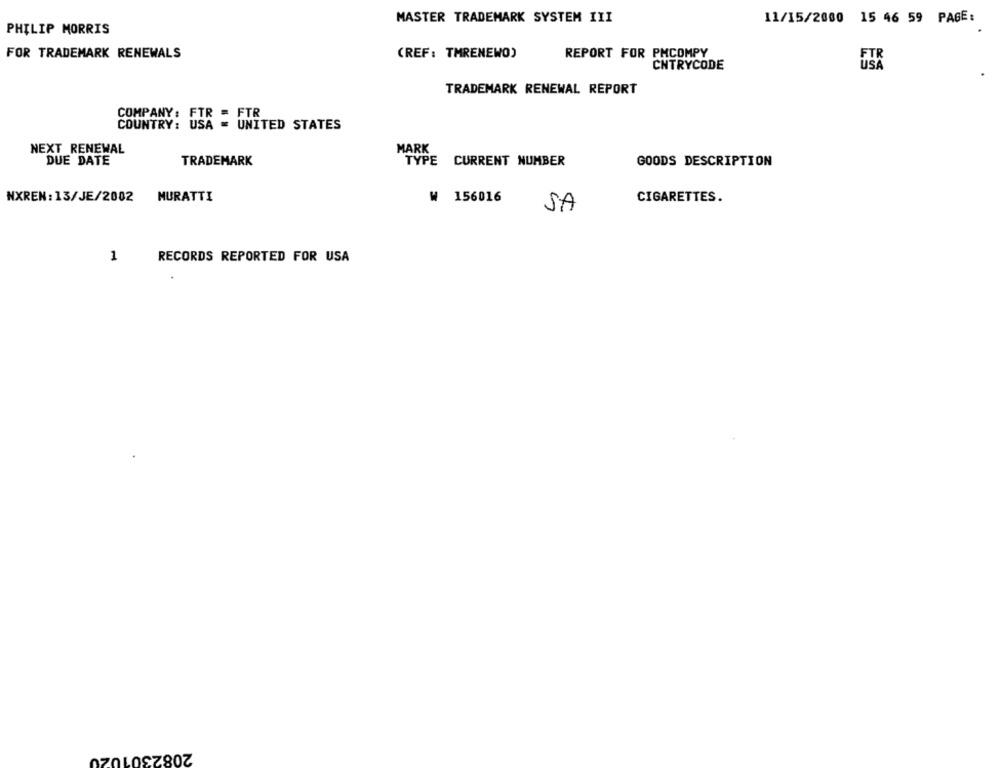
MASTER TRADEMARK SYSTEM III
11/15/2000 15 46 59 PAGE:
PHILIP MORRIS
FOR TRADEMARK RENEWALS
(REF: TMRENEWO)
REPORT FOR PMCOMPY
FTR
CNTRYCODE
TRADEMARK RENEWAL REPORT
COMPANY: FTR = FTR
COUNTRY: USA = UNITED STATES
NEXT RENEWAL
MARK
DUE DATE
TRADEMARK
TYPE CURRENT NUMBER
GOODS DESCRIPTION
NXREN: 13/JE/2002
MURATTI
156016
CIGARETTES.
SA
1
RECORDS REPORTED FOR USA
2082301020